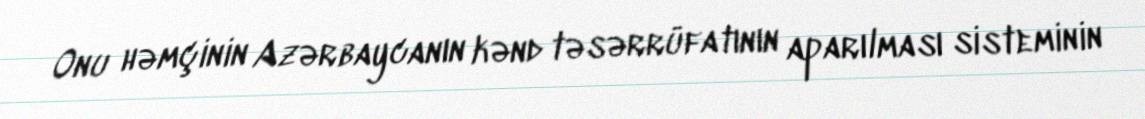
Onu həmçinin Azərbaycanın kənd təsərrüfatının aparılması sisteminin